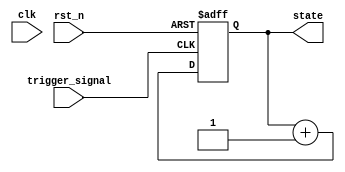
module negative_edge_trigger (
    input wire clk,           // Clock signal
    input wire rst_n,        // Active low reset signal
    input wire trigger_signal, // Signal that triggers the block on negative edge
    output reg [7:0] state   // Internal state variable
);

// Initial state
initial begin
    state = 8'b00000000; // Initialize state to 0
end

// Always block sensitive to the negative edge of the trigger_signal
always @(negedge trigger_signal or negedge rst_n) begin
    if (!rst_n) begin
        // Reset condition
        state <= 8'b00000000; // Reset state to 0
    end else begin
        // Logic to execute on negative edge of trigger_signal
        // Example: Increment state on negative edge
        state <= state + 1; // Increment state
    end
end

endmodule